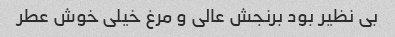
بی نظیر بود برنجش عالی و مرغ خیلی خوش عطر